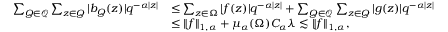
\begin{array} { r l } { \sum _ { Q \in \mathcal { Q } } \sum _ { z \in Q } | b _ { Q } ( z ) | q ^ { - \alpha | z | } } & { \leq \sum _ { z \in \Omega } | f ( z ) | q ^ { - \alpha | z | } + \sum _ { Q \in \mathcal { Q } } \sum _ { z \in Q } | g ( z ) | q ^ { - \alpha | z | } } \\ & { \leq \| f \| _ { 1 , \alpha } + \mu _ { \alpha } ( \Omega ) C _ { \alpha } \lambda \lesssim \| f \| _ { 1 , \alpha } , } \end{array}